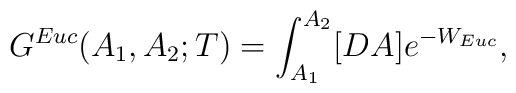
G^{Euc}(A_1, A_2 ;T) =  \int_{A_1}^{A_2}[DA]e^{-W_{Euc}} ,